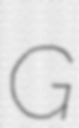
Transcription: G